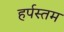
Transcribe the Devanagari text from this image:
हर्पस्तम